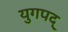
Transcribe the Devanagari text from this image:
युगपद्